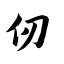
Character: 仞